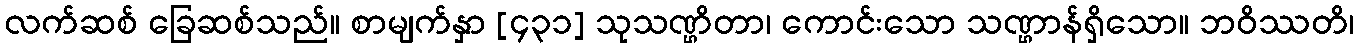
လက်ဆစ် ခြေဆစ်သည်။ စာမျက်နှာ [၄၃၁] သုသဏ္ဌိတာ၊ ကောင်းသော သဏ္ဌာန်ရှိသော။ ဘဝိဿတိ၊